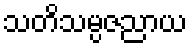
သတိသမ္ပဇညာယ